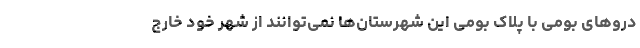
دروهای بومی با پلاک بومی این شهرستان‌ها نمی‌توانند از شهر خود خارج